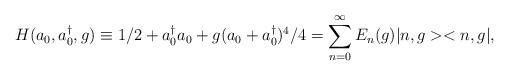
LaTeX: \begin{align*}H(a_0,a^{\dag }_0,g) \equiv 1/2+a^{\dag }_0 a_0+g(a_0+a^{\dag }_0)^{4}/4=\sum _{n=0}^{\infty }E_{n}(g)|n,g><n,g|,\end{align*}